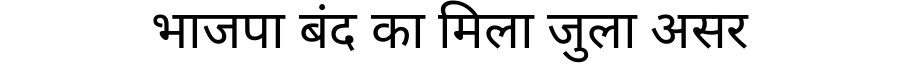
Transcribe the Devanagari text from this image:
भाजपा बंद का मिला जुला असर